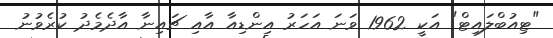
"ޓިއުބްލައިޓް" އަކީ 1962 ވަނަ އަހަރު އިންޑިއާ އާއި ޗައިނާ އާދެމެދު ކުރެވުނު